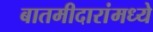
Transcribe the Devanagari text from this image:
बातमीदारांमध्ये